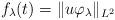
LaTeX: \begin{align*} f_\lambda (t)= \| u \varphi _\lambda \| _{ L^2 }\end{align*}